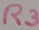
Text: R3